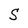
Character: S